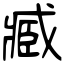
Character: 臧